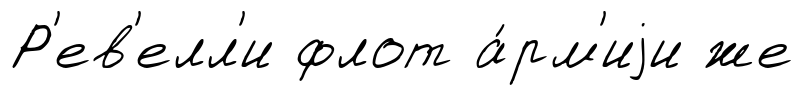
Р'ев'елл'и флот а́рм'иjи же